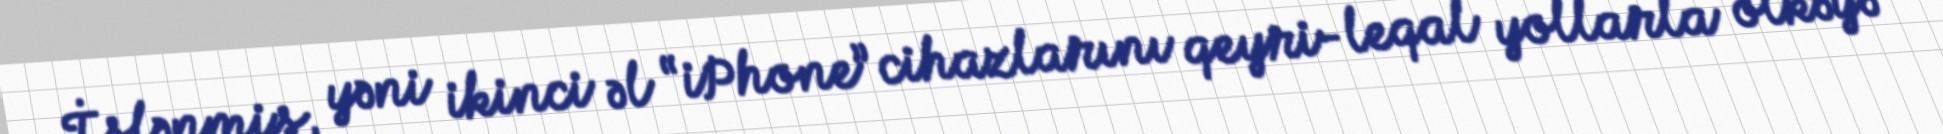
İşlənmiş, yəni ikinci əl “iPhone” cihazlarını qeyri-leqal yollarla ölkəyə